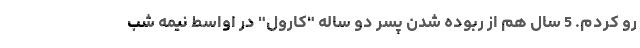
رو کردم. 5 سال هم از ربوده شدن پسر دو ساله "کارول" در اواسط نیمه شب